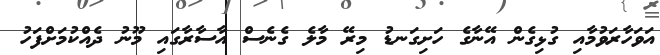
އަވަހާރަވުމާއި ގުޅިގެން އޭނާގެ ހަށިގަނޑު މިރޭ މާލެ ގެނެސް އާސާރާގައި މޫނު ދެއްކުމަށްފަހު